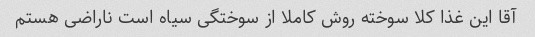
آقا این غذا کلا سوخته روش کاملا از سوختگی سیاه است ناراضی هستم